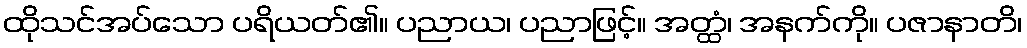
ထိုသင်အပ်သော ပရိယတ်၏။ ပညာယ၊ ပညာဖြင့်။ အတ္ထံ၊ အနက်ကို။ ပဇာနာတိ၊